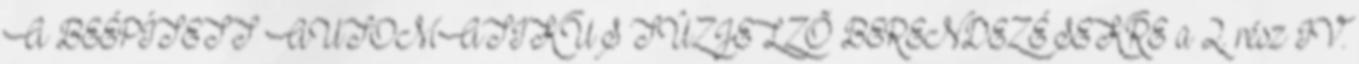
A BEÉPÍTETT AUTOMATIKUS TÛZJELZÕ BERENDEZÉSEKRE a 2. rész IV.